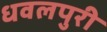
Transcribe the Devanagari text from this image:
धवलपुरी